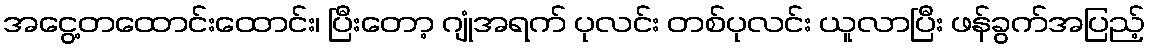
အငွေ့တထောင်းထောင်း၊ ပြီးတော့ ဂျုံအရက် ပုလင်း တစ်ပုလင်း ယူလာပြီး ဖန်ခွက်အပြည့်